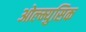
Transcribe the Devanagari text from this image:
ओल्म्युसिक